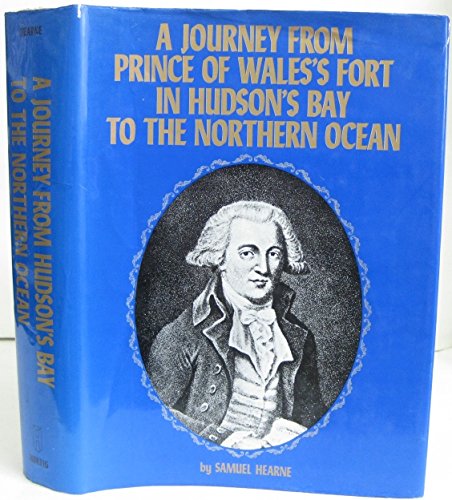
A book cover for A Journey from Prince of Wales's Fort in Hudson's Bay to the Northern Ocean; Samuel Hearne; Travel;